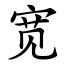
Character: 宽